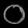
Digit: ၀